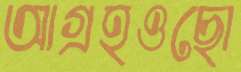
আগ্রহওছো